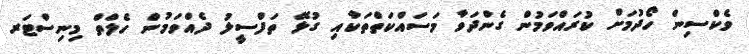
ވެކްސިން ހޯދުމަށް ކުރައްވަމުން ގެންދަވާ މަސައްކަތްތަކާއި ގުޅޭ ތަފްސީލު ދެއްވަމުން ހެލްތް މިނިސްޓަރ